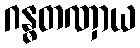
ဂန္ဓတဏှာယ